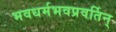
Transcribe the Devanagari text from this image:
भवधर्मभवप्रवर्तिन्